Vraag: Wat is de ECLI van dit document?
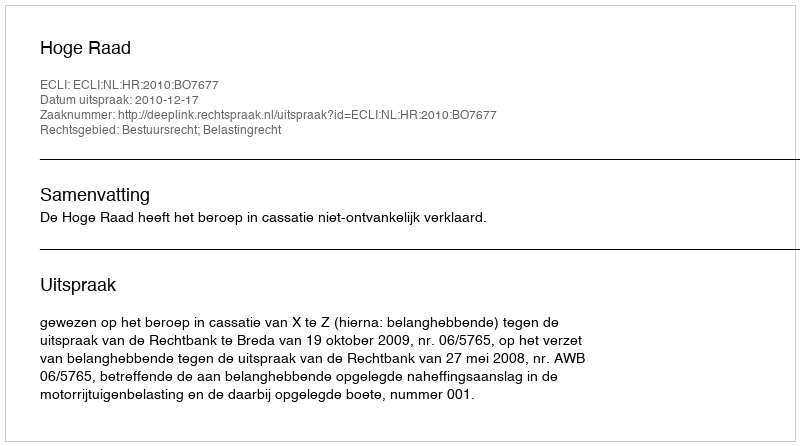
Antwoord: ECLI:NL:HR:2010:BO7677